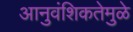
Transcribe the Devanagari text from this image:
आनुवंशिकतेमुळे